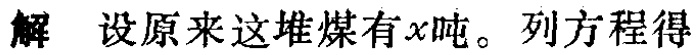
解 设原来这堆煤有\(x\)吨。列方程得